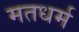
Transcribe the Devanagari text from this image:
मतधर्म